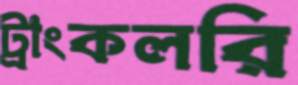
ট্রাংকলরি